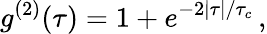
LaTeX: g^{(2)}(\tau)=1+e^{-2|\tau|/\tau_{c}}\, ,